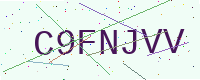
Text: C9FNJVV